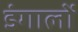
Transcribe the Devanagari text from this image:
डंगालों